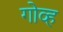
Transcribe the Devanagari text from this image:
गोव्ह